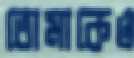
তোমাকেও